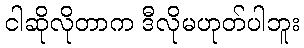
ငါဆိုလိုတာက ဒီလိုမဟုတ်ပါဘူး